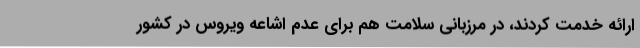
ارائه خدمت کردند، در مرزبانی سلامت هم برای عدم اشاعه ویروس در کشور